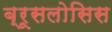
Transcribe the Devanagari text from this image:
ब्रूसलोसिस